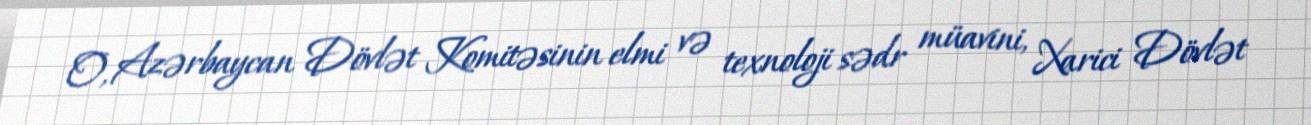
O, Azərbaycan Dövlət Komitəsinin elmi və texnoloji sədr müavini, Xarici Dövlət